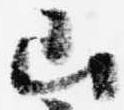
山